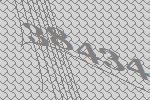
38434